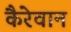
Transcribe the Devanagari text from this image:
कैरेवान